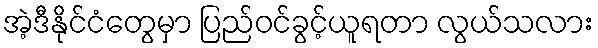
အဲ့ဒီနိုင်ငံတွေမှာ ပြည်ဝင်ခွင့်ယူရတာ လွယ်သလား